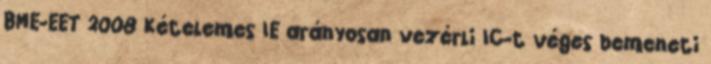
BME-EET 2008 Kételemes IE arányosan vezérli IC-t véges bemeneti